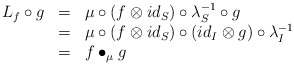
\begin{align*}\begin{array}{lll}L_f\circ g&=&\mu\circ (f\otimes id_S)\circ \lambda_S^{-1}\circ g\\&=&\mu\circ (f\otimes id_S)\circ (id_I\otimes g)\circ \lambda_I^{-1}\\&=&f\bullet_\mu g\end{array}\end{align*}